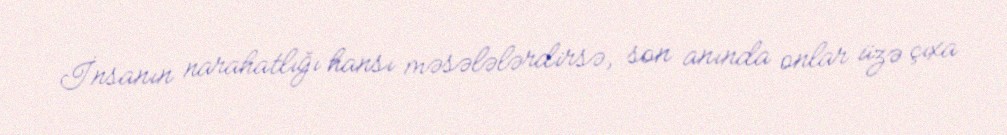
İnsanın narahatlığı hansı məsələlərdirsə, son anında onlar üzə çıxa